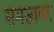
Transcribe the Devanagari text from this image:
समजाव्या